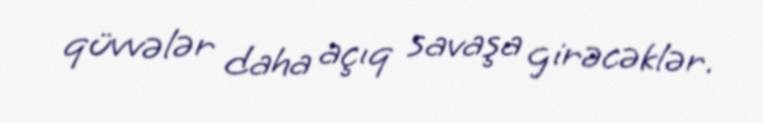
qüvvələr daha açıq savaşa girəcəklər.